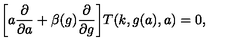
\biggr [ a \frac { \partial } { \partial a } + \beta ( g ) \frac { \partial } { \partial g } \biggr ] T ( k , g ( a ) , a ) = 0 ,